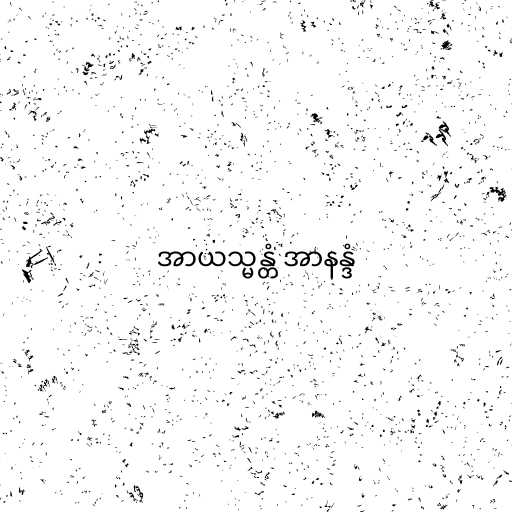
အာယသ္မန္တံ အာနန္ဒံ